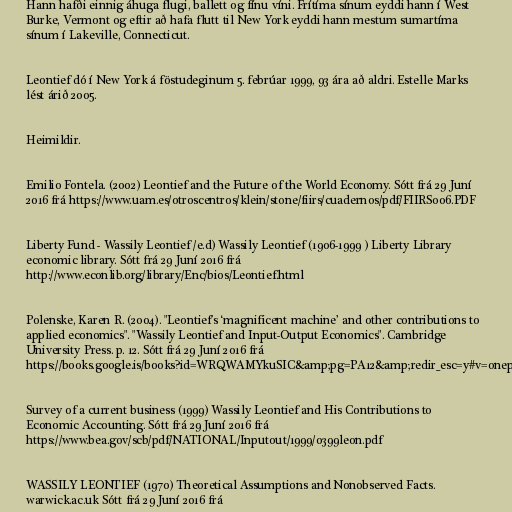
Hann hafði einnig áhuga flugi, ballett og fínu víni. Frítíma sínum eyddi hann í West
Burke, Vermont og eftir að hafa flutt til New York eyddi hann mestum sumartíma
sínum í Lakeville, Connecticut.

Leontief dó í New York á föstudeginum 5. febrúar 1999, 93 ára að aldri. Estelle Marks
lést árið 2005.

Heimildir.

Emilio Fontela. (2002) Leontief and the Future of the World Economy. Sótt frá 29 Juní
2016 frá https://www.uam.es/otroscentros/klein/stone/fiirs/cuadernos/pdf/FIIRS006.PDF

Liberty Fund - Wassily Leontief /e.d) Wassily Leontief (1906-1999 ) Liberty Library
economic library. Sótt frá 29 Juní 2016 frá
http://www.econlib.org/library/Enc/bios/Leontief.html

Polenske, Karen R. (2004). "Leontief's ‘magnificent machine’ and other contributions to
applied economics". "Wassily Leontief and Input-Output Economics". Cambridge
University Press. p. 12. Sótt frá 29 Juní 2016 frá
https://books.google.is/books?id=WRQWAMYkuSIC&amp;pg=PA12&amp;redir_esc=y#v=onepage&amp;q&amp;f=false

Survey of a current business (1999) Wassily Leontief and His Contributions to
Economic Accounting. Sótt frá 29 Juní 2016 frá
https://www.bea.gov/scb/pdf/NATIONAL/Inputout/1999/0399leon.pdf

WASSILY LEONTIEF (1970) Theoretical Assumptions and Nonobserved Facts.
warwick.ac.uk Sótt frá 29 Juní 2016 frá